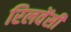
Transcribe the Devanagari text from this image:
रिलवेंसी